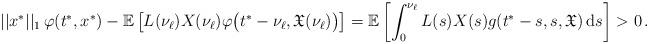
LaTeX: \begin{align*}||x^*||_1\,\varphi(t^*,x^*) - \mathbb{E} \left[L(\nu_{\ell})X(\nu_{\ell})\varphi \big(t^*-\nu_{\ell},\mathfrak{X}(\nu_{\ell})\big)\right]=\mathbb{E} \left[\int_0^{\nu_{\ell}} L(s)X(s)g(t^*-s,s,\mathfrak{X})\, \mathrm{d}s \right]> 0\,.\end{align*}